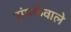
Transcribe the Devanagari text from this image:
संपर्कवाले